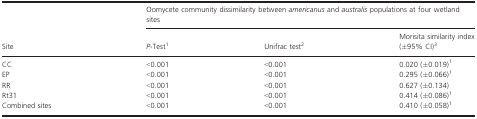
<table><thead><tr><td></td><td colspan="3"><b>Oomycete community dissimilarity between <i>americanus</i> and <i>australis</i> populations at four wetland sites</b></td></tr><tr><td><b>Site</b></td><td><b><i>P</i>-Test1</b></td><td><b>Unifrac test2</b></td><td><b>Morisita similarity index (±95% CI)3</b></td></tr></thead><tbody><tr><td>CC</td><td>&lt;0.001</td><td>&lt;0.001</td><td>0.020 (±0.019)1</td></tr><tr><td>EP</td><td>&lt;0.001</td><td>&lt;0.001</td><td>0.295 (±0.066)1</td></tr><tr><td>RR</td><td>&lt;0.001</td><td>&lt;0.001</td><td>0.627 (±0.134)</td></tr><tr><td>Rt31</td><td>&lt;0.001</td><td>&lt;0.001</td><td>0.414 (±0.086)1</td></tr><tr><td>Combined sites</td><td>&lt;0.001</td><td>&lt;0.001</td><td>0.410 (±0.058)1</td></tr></tbody></table>